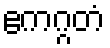
ဧကဂ္ဂတံ